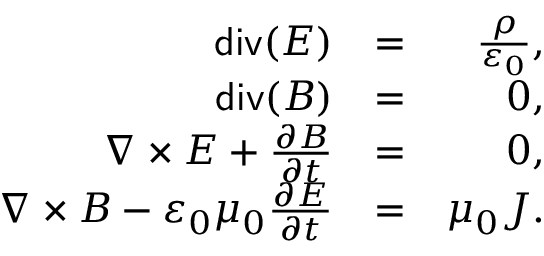
\begin{array} { r l r } { \mathsf { d i v } ( E ) } & { = } & { \frac { \rho } { \varepsilon _ { 0 } } , } \\ { \mathsf { d i v } ( B ) } & { = } & { 0 , } \\ { \nabla \times E + \frac { \partial B } { \partial t } } & { = } & { 0 , } \\ { \nabla \times B - \varepsilon _ { 0 } \mu _ { 0 } \frac { \partial E } { \partial t } } & { = } & { \mu _ { 0 } J . } \end{array}